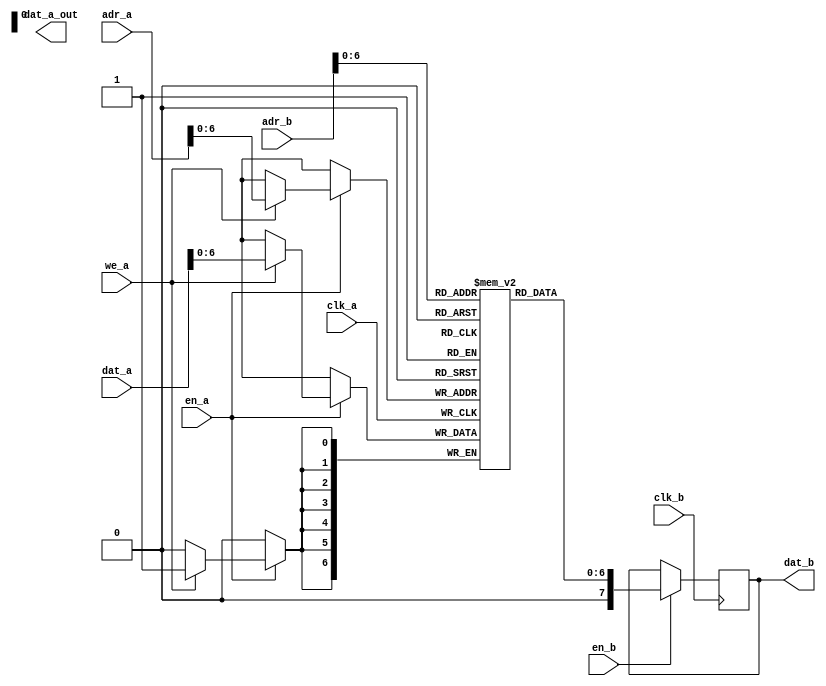
/* -----------------------------------------------------
   MEMORIA RAM DE DOBLE PUERTO
   -----------------------------------------------------
	                 
	           
	              
	            
	        
	               
   FUNCIONAMIENTO
   * Declaracion del tamao de la memoria
		-Profundidad:
         1 bit es desplazado deacuerdo al numero de bits del numero de 
         direcciones, por ejemplo si el bus es de 7 bits podra acceder 
         a 127 direcciones diferentes entonces 1 << 7 da como resultado
         128 si a esto se le resta uno se obtienen todas las combinaciones
         posibles.
        -Tamao del dato:
         Si el tamao del dato es de 7 bits podra contener 7 valores 
         cuyo rango varia entre 1 y 0, debido a que su enumeracion 
         incluye al cero entonces van desde 0 - (tamao del dato - 1)
         o como en el ejemplo de 0 a 6. 
   CONVENCIONES      
   * --- 
   * ---
 * Copyright 2016 <Admobilize>
 * MATRIX Labs  [http://creator.matrix.one]
 * This file is part of MATRIX Creator HDL for Spartan 6
 *
 * MATRIX Creator HDL is like free software: you can redistribute 
 * it and/or modify it under the terms of the GNU General Public License 
 * as published by the Free Software Foundation, either version 3 of the 
 * License, or (at your option) any later version.

 * This program is distributed in the hope that it will be useful, but 
 * WITHOUT ANY WARRANTY; without even the implied warranty of 
 * MERCHANTABILITY or FITNESS FOR A PARTICULAR PURPOSE.  See the GNU 
 * General Public License for more details.

 * You should have received a copy of the GNU General Public License along
 * with this program.  If not, see <http://www.gnu.org/licenses/>.
 */

module everloop_ram #(
  parameter mem_file_name = "none",
	parameter adr_width = 7,
	parameter dat_width = 7
) (
	// Write port a: Este es el empleado por el wishbone 
	input      clk_a,
	input      en_a,
	input      en_b,
	input      [9:0] adr_a,
	input 	   [7:0] dat_a,
	// Read port b: Este es el empleado por el everloop
	input      clk_b,
	input      [7:0] adr_b,
	output reg [7:0] dat_b,
	output reg [7:0] dat_a_out, // Al parecer no se usa, CORREGIR
	input  we_a
);

/*

     CONEXION                                        CONEXION
     WISHBONE                                        EVERLOOP
                          ________________
 clk_a          -------->|                |--------> everloop_d                         
 en_a           -------->|                |--------> en_rd                       
                         |                |                                        
 dat_a          -------->|  everloop_ram  |
 adr_a          -------->|                |
                         |                |
 we_a           -------->|________________|

*/

parameter depth = (1 << adr_width);
// actual ram cells
reg [dat_width-1:0] ram [0:depth-1];
//------------------------------------------------------------------
// read port B
//------------------------------------------------------------------
always @(posedge clk_b)
begin
  if (en_b)
    dat_b <= ram[adr_b];
end

//------------------------------------------------------------------
// write port A
//------------------------------------------------------------------
always @(posedge clk_a)
begin
  if (en_a) begin
    if (we_a) begin
      ram[adr_a] <= dat_a;
    end 
  end 
end
//------------------------------------------------------------------
// Lectura del archivo.ram por defecto
//------------------------------------------------------------------
initial 
begin
  if (mem_file_name != "none") begin
    $readmemh(mem_file_name, ram);
  end
end
//------------------------------------------------------------------
endmodule